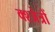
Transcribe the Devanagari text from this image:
क्श्जेत्रों